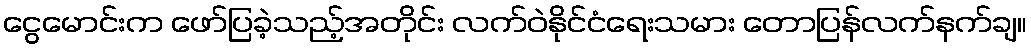
ငွေမောင်းက ဖော်ပြခဲ့သည့်အတိုင်း လက်ဝဲနိုင်ငံရေးသမား တောပြန်လက်နက်ချ။